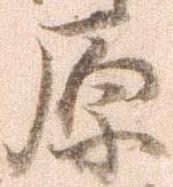
原